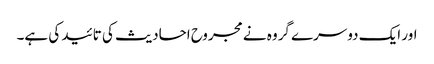
اور ایک دوسرے گروہ نے مجروح احادیث کی تائید کی ہے۔